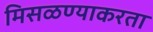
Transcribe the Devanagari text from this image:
मिसळण्याकरता